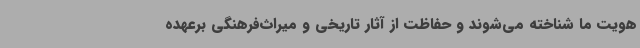
هویت ما شناخته می‌شوند و حفاظت از آثار تاریخی و میراث‌فرهنگی برعهده